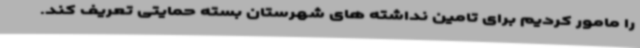
را مامور کردیم برای تامین نداشته های شهرستان بسته حمایتی تعریف کند.